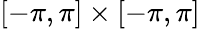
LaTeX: [-\pi,\pi]\times[-\pi,\pi]